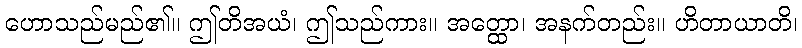
ဟောသည်မည်၏။ ဤတိအယံ၊ ဤသည်ကား။ အတ္ထော၊ အနက်တည်း။ ဟိတာယာတိ၊